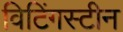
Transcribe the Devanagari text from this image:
विटिंगस्टीन